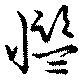
懢